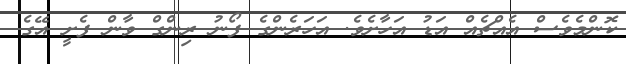
ކޮންމެވެސް އެއްޗެއް އަޑު އަހާށެވެ. އަހަރެންގެ ފޯނު ރިންގް ވާން ފެށީ އޭގެ